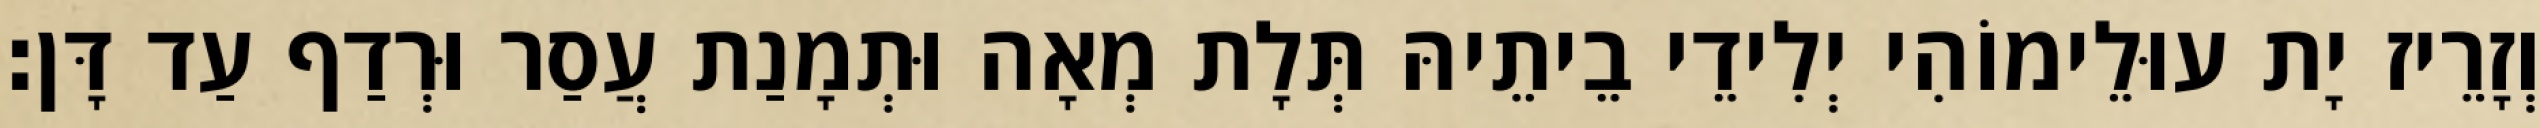
וְזָרֵיז יָת עוּלֵימוֹהִי יְלִידֵי בֵיתֵיהּ תְּלָת מְאָה וּתְמָנַת עֲסַר וּרְדַף עַד דָּן׃